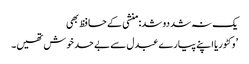
یک نہ شد دو شد: منشی کے حافظ بھی
’وکٹوریا اپنے پیارے عبدل سے بے حد خوش تھیں۔